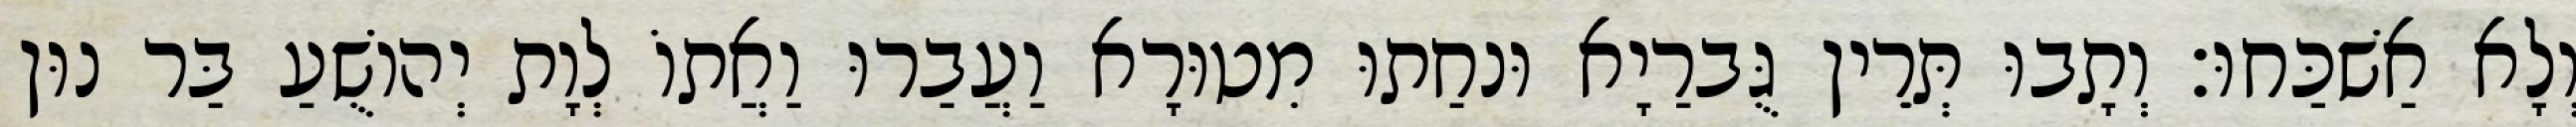
וְלָא אַשׁכַּחוּ׃ וְתָבוּ תְּרֵין גֻּברַיָא וּנחַתוּ מִטוּרָא וַעֲבַרוּ וַאֲתוֹ לְוָת יְהוֹשֻׁעַ בַּר נוּן